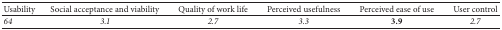
<table><thead><tr><td><b>Usability</b></td><td><b>Social acceptance and viability</b></td><td><b>Quality of work life</b></td><td><b>Perceived usefulness</b></td><td><b>Perceived ease of use</b></td><td><b>User control</b></td></tr></thead><tbody><tr><td><i>64</i></td><td><i>3.1</i></td><td><i>2.7</i></td><td><i>3.3</i></td><td><b>3.9</b></td><td><i>2.7</i></td></tr></tbody></table>